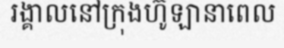
រង្គាលនៅក្រុងហ៊ូឡានាពេល